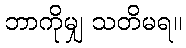
ဘာကိုမျှ သတိမရ။